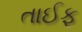
તાઈફ